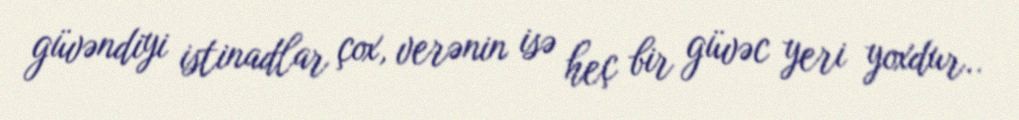
güvəndiyi istinadlar çox, verənin isə heç bir güvəc yeri yoxdur..